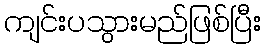
ကျင်းပသွားမည်ဖြစ်ပြီး